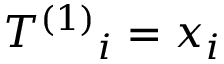
T ^ { ( 1 ) } { _ { i } } = x _ { i }